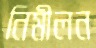
নিমীলন